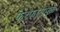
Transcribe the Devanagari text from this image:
फेरफारांमुळे